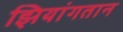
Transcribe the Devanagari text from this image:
झियांगतान